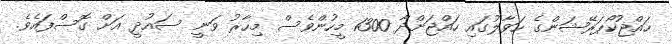
ހައްޖުކޯޕަރޭޝަންގެ ހަވާލުގައި ހައްޖަށްދާ 1300 މީހުންވެސް މިހާރު ވަނީ ސައުދީ އަށް ގޮސްފައެވެ.